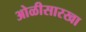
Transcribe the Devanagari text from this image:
ओळीसारखा